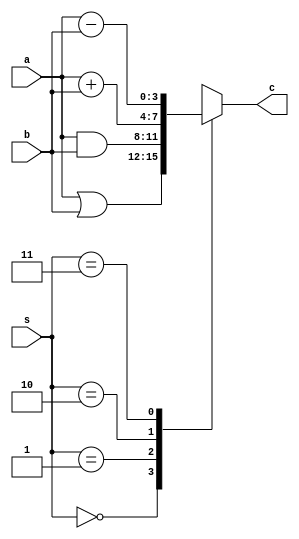
module alu(a,b,c,s);
  output reg[3:0]c;
  input[3:0]a,b;
  input[1:0]s;
  always@(*)
  begin
    case(s)
      2'b00:c=a|b;
      2'b01:c=a&b;
      2'b10:c=a+b;
      2'b11:c=a-b;
  endcase
end
endmodule